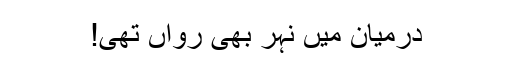
درمیان میں نہر بھی رواں تھی!